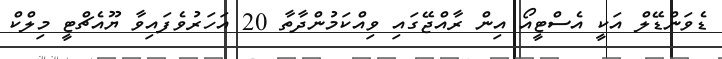
ޑެވަންޑޭލް އަކީ އެސްޓީއޯ އިން ރާއްޖޭގައި ވިއްކަމުންދާތާ 20 އަހަރުވެފައިވާ ޔޫއެޗްޓީ މިލްކް